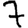
Digit: 7